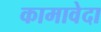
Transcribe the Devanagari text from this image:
कामावेदा